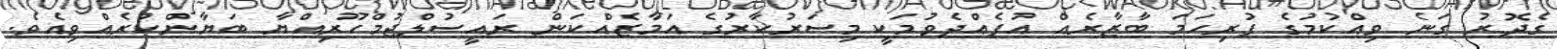
ގެދޮރު ގަނެ ވިއްކުމުގެ ފުރިހަމަ ބާޒާރެއް އުފެއްދެވުމަކީ މިސަރުކާރުގެ އަމާޒެއްކަން ރައީސުލްޖުމްހޫރިއްޔާ ބަޔާންކުރެއްވިއެވެ.